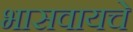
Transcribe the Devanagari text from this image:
भासवायचे